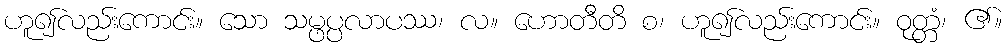
ဟူ၍လည်းကောင်း။ သော သမ္ဖပ္ပလာပဿ၊ လ။ ဟောတီတိ စ၊ ဟူ၍လည်းကောင်း။ ဝုတ္တံ၊ ၏။